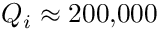
Q _ { i } \approx 2 0 0 { , } 0 0 0